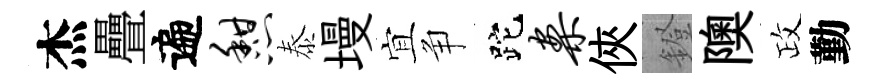
杰疊遍憩泰墁宜争跎案俠鐙隩政勤